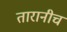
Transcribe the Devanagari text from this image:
तारानीच